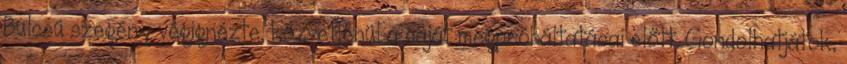
Bulcsú szegény végignézte, közvetlenül a saját megpróbáltatásai előtt. Gondolhatjátok,